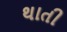
થાતી